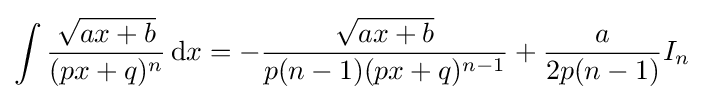
\int {\frac {\sqrt {ax+b}}{(px+q)^{n}}}\,{\text{d}}x=-{\frac {\sqrt {ax+b}}{p(n-1)(px+q)^{n-1}}}+{\frac {a}{2p(n-1)}}I_{n}\,\!